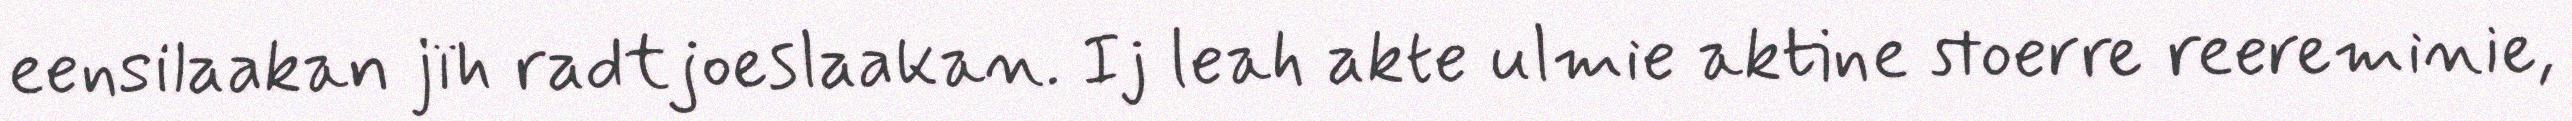
eensilaakan jïh radtjoeslaakan. Ij leah akte ulmie aktine stoerre reereminie,